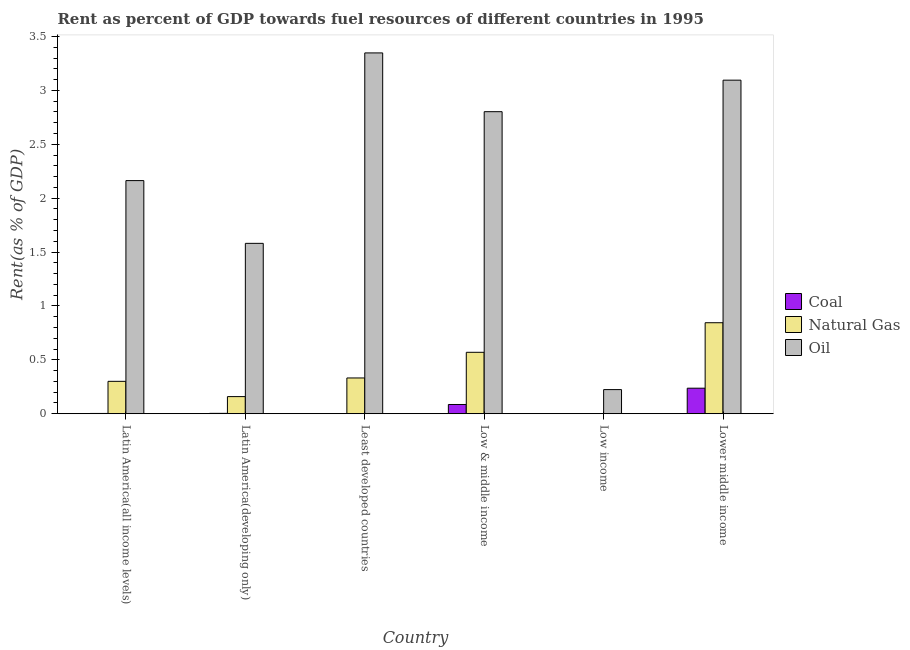
| Country | Coal | Natural Gas | Oil |
 | --- | --- | --- | --- |
 | Latin America(all income levels) | 0.00271 | 0.301 | 2.16 |
 | Latin America(developing only) | 0.00363 | 0.159 | 1.58 |
 | Least developed countries | 0.000474 | 0.332 | 3.35 |
 | Low & middle income | 0.0858 | 0.57 | 2.8 |
 | Low income | 0.00151 | 3.17e-05 | 0.224 |
 | Lower middle income | 0.237 | 0.845 | 3.1 |